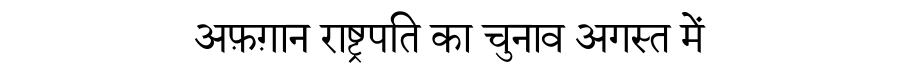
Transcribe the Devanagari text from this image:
अफ़ग़ान राष्ट्रपति का चुनाव अगस्त में